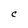
Character: C